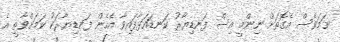
ނަމަވެސް އެގޮތަށް ނިންމީ އިސް ފަނޑިޔާރު ކަނޑައަޅާފައިވާ އެހެން ފަނޑިޔާރަކު ކަމަށްވާތީ އެ